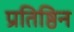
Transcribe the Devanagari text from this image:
प्रतिष्ठिन